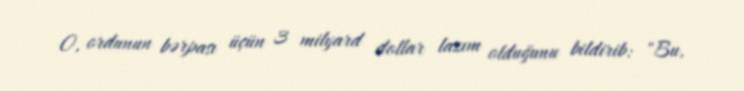
O, ordunun bərpası üçün 3 milyard dollar lazım olduğunu bildirib: "Bu,